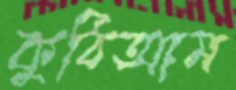
কুঠিআম